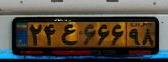
۲۴ع۶۶۶۹۸